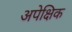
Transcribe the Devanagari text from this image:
अपेक्षिक